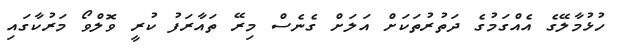
ހުޅުމާލޭގެ އެއްގަމުގެ ދަތުރުތަކަށް އަލަށް ގެނެސް މިރޭ ތައާރަފު ކުރީ ވޮލްވޯ މަރުކާގައި